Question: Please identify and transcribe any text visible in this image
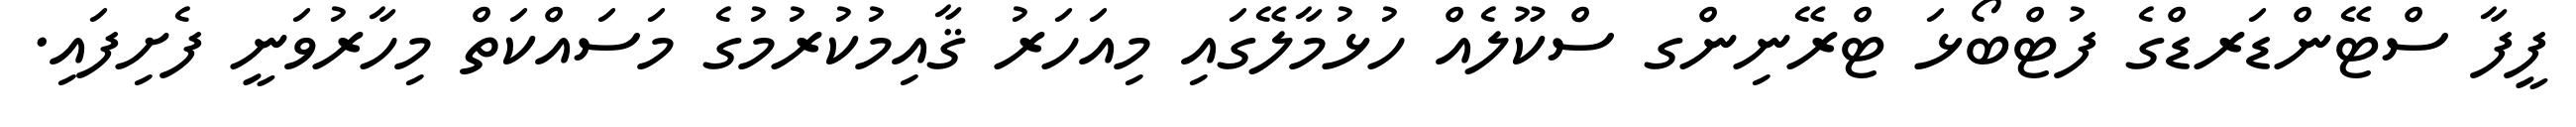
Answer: ފީފާ ސްޓޭންޑަރޑްގެ ފުޓްބޯޅަ ޓްރޭނިންގ ސްކޫލެއް ހުޅުމާލޭގައި މިއަހަރު ޤާއިމުކުރުމުގެ މަސައްކަތް މިހާރުވަނީ ފެށިފައި.